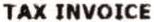
TAX INVOICE